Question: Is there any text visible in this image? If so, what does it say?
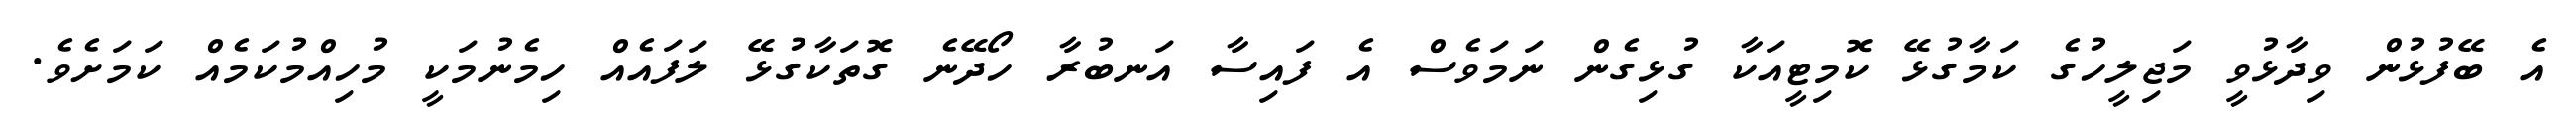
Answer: އެ ބޭފުޅުން ވިދާޅުވީ މަޖިލީހުގެ ކަމާގުޅޭ ކޮމިޓީއަކާ ގުޅިގެން ނަމަވެސް އެ ފައިސާ އަނބުރާ ހޯދޭނެ ގޮތަކާގުޅޭ ލަފައެއް ހިމެނުމަކީ މުހިއްމުކަމެއް ކަމަށެވެ.